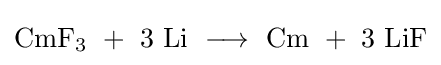
\mathrm {CmF_{3}\ +\ 3\ Li\ \longrightarrow \ Cm\ +\ 3\ LiF}